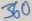
Text: 360